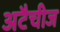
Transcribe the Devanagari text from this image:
अटैचीज